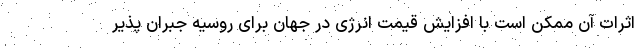
اثرات آن ممکن است با افزایش قیمت انرژی در جهان برای روسیه جبران پذیر